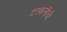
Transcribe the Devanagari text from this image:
टस्कनीची